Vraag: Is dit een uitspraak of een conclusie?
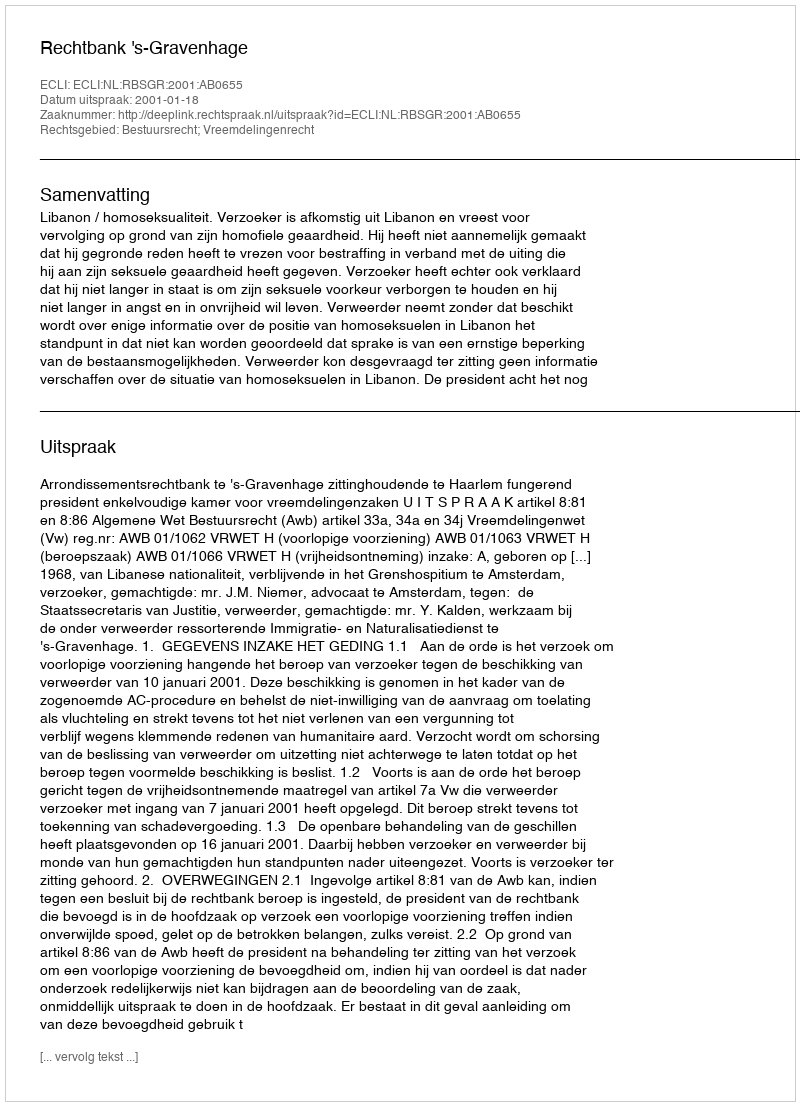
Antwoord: Uitspraak